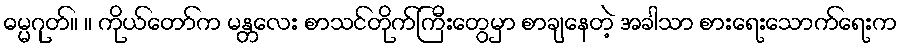
ဓမ္မဂုတ်။ ။ ကိုယ်တော်က မန္တလေး စာသင်တိုက်ကြီးတွေမှာ စာချနေတဲ့ အခါသာ စားရေးသောက်ရေးက